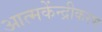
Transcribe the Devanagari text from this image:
आत्मकेंन्द्रीकरण